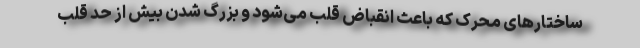
ساختار‌های محرک که باعث انقباض قلب می‌شود و بزرگ شدن بیش از حد قلب